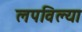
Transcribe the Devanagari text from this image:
लपविल्या